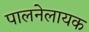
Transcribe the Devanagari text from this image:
पालनेलायक